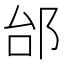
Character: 邰